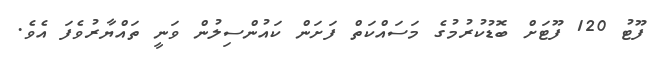
ފޫޓު 120 ފޫޓަށް ބޮޑުކުރުމުގެ މަސައްކަތް ފަށަން ކައުންސިލުން ވަނީ ތައްޔާރުވެފަ އެވެ.